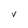
Character: V